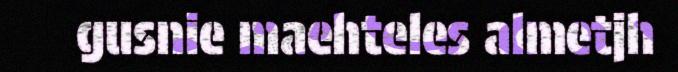
gusnie maehteles almetjh